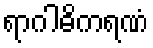
ရာဂါဓိကရဏံ